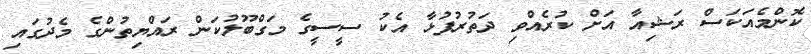
ކޮންމެއަކަސް ރަޝިއާ އަށް ކުރެއްވި ދަތުރުފުޅާ އެކު ސީސީގެ މަގްބޫލުކަން ރައްޔިތުންގެ މެދުގައި